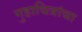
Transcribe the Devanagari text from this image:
गुहाचित्रांचा